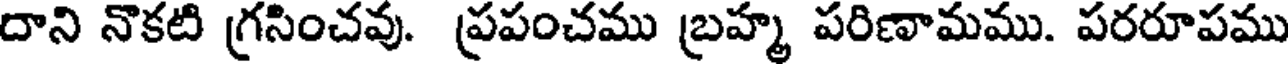
దాని నొకటి గ్రసించవు. ప్రపంచము బ్రహ్మ పరిణామము. పరరూపము